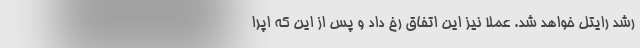
رشد رایتل خواهد شد. عملا نیز این اتفاق رخ داد و پس از این که اپرا